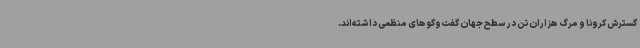
گسترش کرونا و مرگ هزاران تن در سطح جهان گفت‌وگوهای منظمی داشته‌اند.